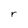
Character: r